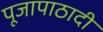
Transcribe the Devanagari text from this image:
पूजापाठादी